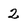
Character: 2